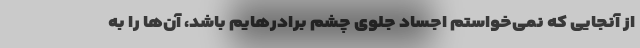
از آنجایی که نمی‌خواستم اجساد جلوی چشم برادرهایم باشد، آن‌ها را به